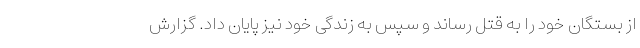
از بستگان خود را به قتل رساند و سپس به زندگی خود نیز پایان داد. گزارش